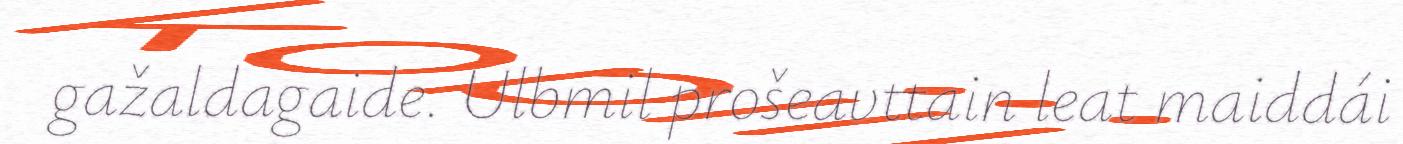
gažaldagaide. Ulbmil prošeavttain leat maiddái